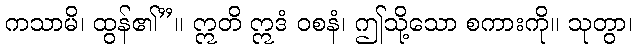
ကသာမိ၊ ထွန်၏”။ ဣတိ ဣဒံ ဝစနံ၊ ဤသို့သော စကားကို။ သုတွာ၊